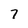
Character: 7